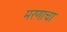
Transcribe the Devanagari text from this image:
मरणाचा